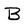
Character: B